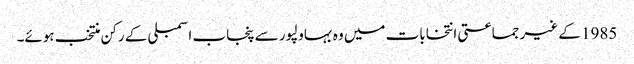
1985 کے غیر جماعتی انتخابات میں وہ بہاولپور سے پنجاب اسمبلی کے رکن منتخب ہوئے۔